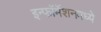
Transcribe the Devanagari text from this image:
इन्फॉर्मेशनमध्ये